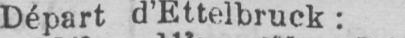
Départ d’Ettelbruck: